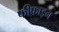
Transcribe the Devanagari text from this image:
फीफाइन